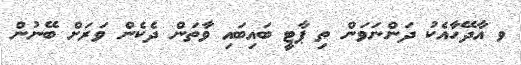
ވ އާދޭހާއެކު ދަންނަވަން ތި ޕާޓީ ބައިބައި ވާތަން ދެކެން ވަރަށް ބޭނުން